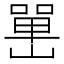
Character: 𡼯